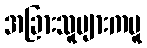
အခြားသူများကမူ